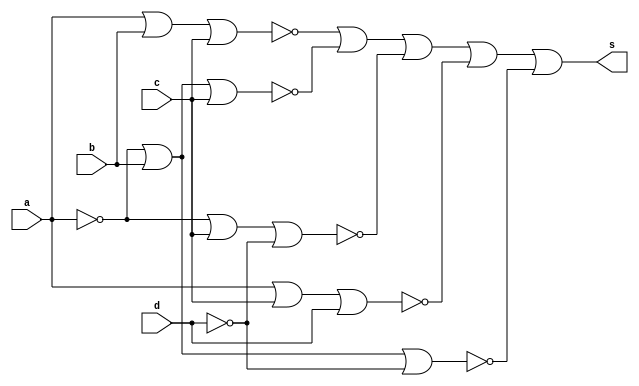
// Nome: Andre Sulivam 391998
// Guia 08 ex05

module simplificada (s, a, b, c ,d);
input a,b,c,d;
output s;

nor NOR1 (q0,a,a);
nor NOR2 (q1,b,b);
nor NOR3 (q2,d,d);
nor NOR4 (q3,a,b,c);
nor NOR5 (q4,q0,b,c);
nor NOR6 (q5,q0,c,q2);
nor NOR7 (q6,a,c,d);
nor NOR8 (q7,q0,b,q2);
nor NOR9 (q8,q3,q4,q5,q6,q7);
nor NOR10 (s,q8,q8);
endmodule

module Teste ;
reg a,b,c,d;
wire s;
simplificada test  (s,a,b,c,d);
initial begin : start
a=0; b=0; c=0; d=0; 
end // end module teste

initial begin: main
 $display("Andre Sulivam 391998");
      $display("Guia 08 Ex:05\n");
$display ("Circuito simplificado com NOR\n");

$display ("a b c d = s\n");
$monitor ("%b %b %b %b = %2b",a,b,c,d,s);
#1 a=0; b=0; c=0; d=1; 
#1 a=0; b=0; c=1; d=0;
#1 a=0; b=0; c=1; d=1;
#1 a=0; b=1; c=0; d=0; 
#1 a=0; b=1; c=0; d=1; 
#1 a=0; b=1; c=1; d=0;
#1 a=0; b=1; c=1; d=1;
#1 a=1; b=0; c=0; d=0; 
#1 a=1; b=0; c=0; d=1;
#1 a=1; b=0; c=1; d=0; 
#1 a=1; b=0; c=1; d=1;
#1 a=1; b=1; c=0; d=0; 
#1 a=1; b=1; c=0; d=1;
#1 a=1; b=1; c=1; d=0;
#1 a=1; b=1; c=1; d=1;
end
endmodule

/*

    Andre Sulivam 391998
    Guia 08 Ex:05
    
    Circuito simplificado com NOR
    
    a b c d = s
    
    0 0 0 0 =  1
    0 0 0 1 =  1
    0 0 1 0 =  0
    0 0 1 1 =  0
    0 1 0 0 =  1
    0 1 0 1 =  0
    0 1 1 0 =  0
    0 1 1 1 =  0
    1 0 0 0 =  1
    1 0 0 1 =  1
    1 0 1 0 =  0
    1 0 1 1 =  1
    1 1 0 0 =  0
    1 1 0 1 =  1
    1 1 1 0 =  0
    1 1 1 1 =  0
    

*/